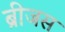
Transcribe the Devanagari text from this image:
ब्रीजस